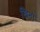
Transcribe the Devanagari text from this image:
खिनो